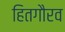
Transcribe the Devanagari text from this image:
हितगौरव